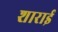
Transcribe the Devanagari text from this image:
शाराई